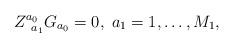
LaTeX: \begin{align*}Z_{\;\;a_{1}}^{a_{0}}G_{a_{0}}=0,\;a_{1}=1,\ldots ,M_{1}, \end{align*}